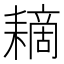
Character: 䎮